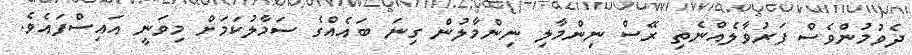
ދެވުމުންވެސް ފަރުވާލެއްނެތި ރޭސް ނިންމާލި ނިންމާލުން ގިނަ ބައެއްގެ ސަމާލުކަމަށް މިވަނީ އައިސްފައެވެ.